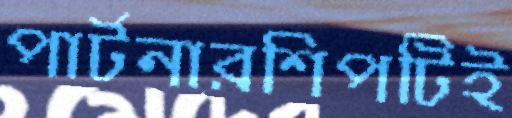
পার্টনারশিপটিই